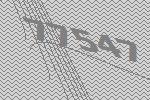
77547